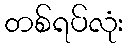
တစ်ရပ်လုံး